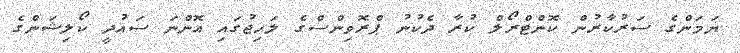
ޔަމަންގެ ސަރުކާރުން ކޮންޓްރޯލް ކުރާ ދެކުނު ޕްރޮވިންސްގެ ލަހިޖުގައި އޮންނަ ސައުދީ ކޯލިޝަންގެ